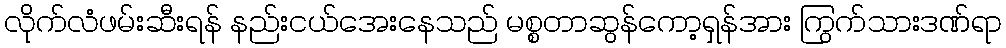
လိုက်လံဖမ်းဆီးရန် နည်းငယ်အေးနေသည် မစ္စတာဆွန်ကော့ရှန်အား ကြွက်သားဒဏ်ရာ